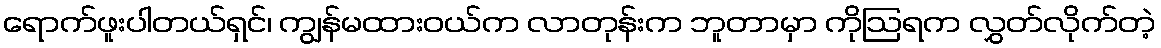
ရောက်ဖူးပါတယ်ရှင်၊ ကျွန်မထားဝယ်က လာတုန်းက ဘူတာမှာ ကိုဩရက လွှတ်လိုက်တဲ့